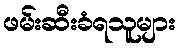
ဖမ်းဆီးခံရသူများ